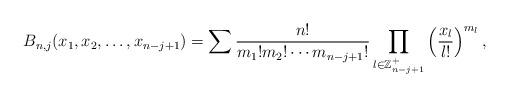
LaTeX: \begin{align*}B_{n,j}(x_1,x_2,\ldots,x_{n-j+1})=\sum\dfrac{n!}{m_1!m_2!\cdots m_{n-j+1}!} \prod_{l\in\mathbb{Z}_{n-j+1}^+}\left(\dfrac{x_l}{l!}\right)^{m_l},\end{align*}